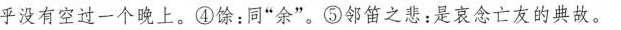
乎没有空过一个晚上。④馀：同”余”。⑤邻笛之悲：是哀念亡友的典故。